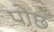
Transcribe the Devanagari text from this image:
पोछ